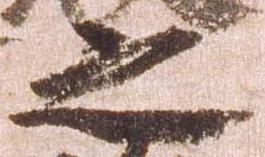
之